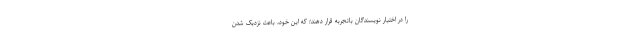
را در اختیار نویسندگان باتجربه قرار دهند؛ که این خود، باعث نزدیک شدن